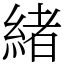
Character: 緒